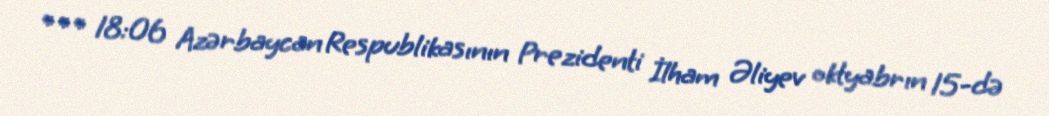
*** 18:06 Azərbaycan Respublikasının Prezidenti İlham Əliyev oktyabrın 15-də